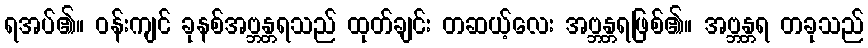
ရအပ်၏။ ဝန်းကျင် ခုနစ်အဗ္ဘန္တရသည် ထုတ်ချင်း တဆယ့်လေး အဗ္ဘန္တရဖြစ်၏။ အဗ္ဘန္တရ တခုသည်